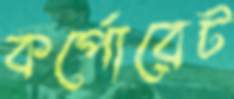
কর্পোরেট